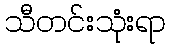
သီတင်းသုံးရာ